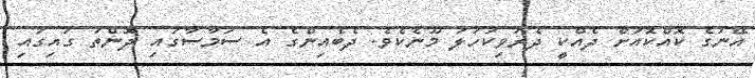
އޭނަގެ ކޮއްކޮއަށް ދެއްކީ ދެރަވިކަހަލަ މޫނެކެވެ. ދެބެއިންގެ އެ ސަމާސާގައި ދޮންތަ ގައިގައި